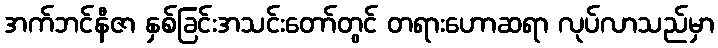
အက်ဘင်နီဇာ နှစ်ခြင်းအသင်းတော်တွင် တရားဟောဆရာ လုပ်လာသည်မှာ